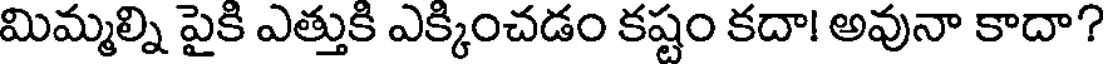
మిమ్మల్ని పైకి ఎత్తుకి ఎక్కించడం కష్టం కదా! అవునా కాదా?